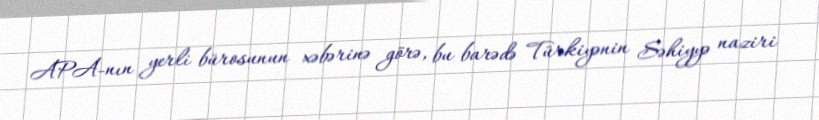
APA-nın yerli bürosunun xəbərinə görə, bu barədə Türkiyənin Səhiyyə naziri